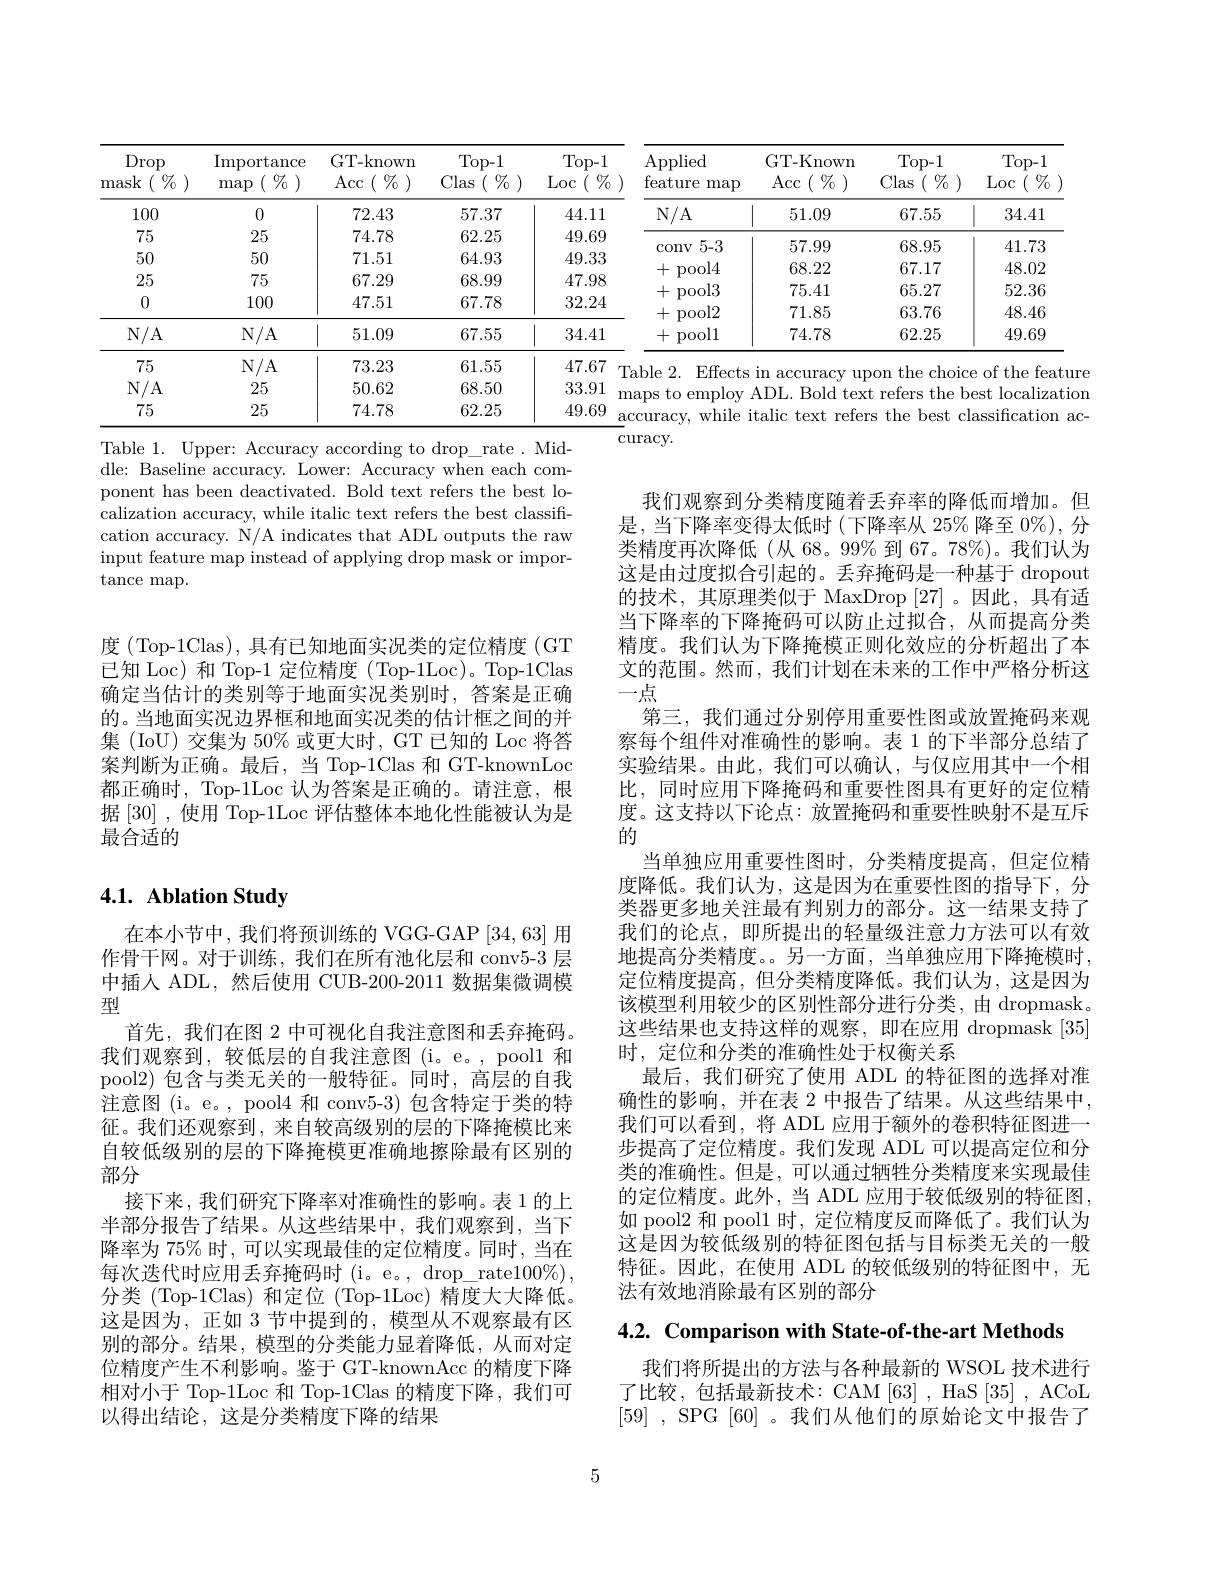
<table>
	<tbody>
		<tr>
			<th>Drop mask $\left(\begin{array}{c}\%\\0\end{array}\right)$</th>
			<th>$\operatorname{Importance}$ $\left(\begin{array}{c}\%\\0\end{array}\right)$ $\max$</th>
			<th>GT-known c$\begin{pmatrix} {0}{7}\\ {0}\end{pmatrix}$ $\operatorname{Acc}$</th>
			<th>Top- 1 $s(\begin{array}{c}{0}{7}\\{0}\end{array})$ Clas $\frac{1}{2}=\frac{1}{2}=\frac{1}{2}$ </th>
			<th>Top- 1 Loc $:(\begin{array}{c}0&0\\0&0\end{array})$</th>
			<th>$\operatorname{Applied}$ feature $\max$ </th>
			<th>GT-Known $\operatorname{Acc}\left(\begin{array}{c}\%\end{array}\right)$</th>
			<th>Top- 1 $;\left(\begin{array}{c}{0}{7}\\{0}\end{array}\right)$ Clas </th>
			<th>Top- 1 $c(\begin{array}{c}\%\end{array})$ Loc</th>
		</tr>
		<tr>
			<td>100</td>
			<td>0</td>
			<td>72.43</td>
			<td>57.37</td>
			<td>44.11</td>
			<td>$N/A$</td>
			<td>51.09</td>
			<td>67.55</td>
			<td>34.41</td>
		</tr>
		<tr>
			<td>75</td>
			<td>25</td>
			<td>74.78</td>
			<td>62.25</td>
			<td>49.69</td>
			<td>5-3</td>
			<td>57 99</td>
			<td>6895</td>
			<td>4173</td>
		</tr>
		<tr>
			<td>50</td>
			<td>50</td>
			<td>71.51</td>
			<td>64.93</td>
			<td>49.33</td>
			<td>al$A$</td>
			<td>6822</td>
			<td>6717</td>
			<td>4802</td>
		</tr>
		<tr>
			<td>25</td>
			<td>75</td>
			<td>67.29</td>
			<td>68.99</td>
			<td>47.98</td>
			<td>013</td>
			<td>75 41</td>
			<td>- 65 27</td>
			<td>52.36</td>
		</tr>
		<tr>
			<td>0</td>
			<td>100</td>
			<td>47.51</td>
			<td>67.78</td>
			<td>32.24</td>
			<td>nool2 IL</td>
			<td> LL 71.85</td>
			<td>JV اللا 63.76</td>
			<td> 48.46</td>
		</tr>
		<tr>
			<td>N/ A</td>
			<td>$N/A$</td>
			<td>51.09</td>
			<td>67.55</td>
			<td>34.41</td>
			<td> pool1 $\cdot$</td>
			<td>74.78</td>
			<td>62.25</td>
			<td>49.69</td>
		</tr>
		<tr>
			<td>75</td>
			<td>$N/A$</td>
			<td>73.23</td>
			<td>61.55</td>
			<td>47.67</td>
			<td>$\mathrm{F}_{\mathrm{ffects}}$ $1_{\mathrm{a}}\%$</td>
			<td>AT $fV$</td>
			<td>the chai</td>
			<td>${:}+{\mathrm{ho}}$ faq</td>
		</tr>
		<tr>
			<td>N/ A</td>
			<td>25</td>
			<td>50.62</td>
			<td>68.50</td>
			<td>33.91 10</td>
			<td>ans $t_0$ 01</td>
			<td>$DI_{\mathrm{~Bold}}$ $t_{\boldsymbol{P}}$</td>
			<td>the refers</td>
			<td>${\mathbf{r}}|_{\mathrm{oc}}$ salizatio est</td>
		</tr>
		<tr>
			<td>75</td>
			<td>25</td>
			<td>74.78</td>
			<td>62.25</td>
			<td>49.69</td>
			<td>Tracv. 1 TAY</td>
			<td>talic text refer</td>
			<td>the best</td>
			<td>assification $ac$</td>
		</tr>
	</tbody>
</table>
curacy.
Table 1. Upper: Accuracy according to drop\_rate. Mid-

dle: Baseline accuracy. Lower: Accuracy when each component has been deactivated. Bold text refers the best localization accuracy, while italic text refers the best classification accuracy. N/A indicates that ADL outputs the raw input feature map instead of applying drop mask or impor- $\hat{\mathrm{tance~map}}.$

度 (Top-1Clas), 具有已知地面实况类的定位精度 (GT 已知 Loc) 和 Top-1 定位精度 ( Top-1Loc)。Top-1Clas 确定当估计的类别等于地面实况类别时，答案是正确的。当地面实况边界框和地面实况类的估计框之间的并集 (IoU) 交集为 50% 或更大时，GT 已知的 Loc 将答案判断为正确。最后，当 Top-1Clas 和 GT-knownLoc 都正确时，Top-1Loc 认为答案是正确的。请注意，根据 [30] ,使用 Top-1Loc 评估整体本地化性能被认为是最合适的

我们观察到分类精度随着丢弃率的降低而增加。但是，当下降率变得太低时(下降率从 25%降至 0%), 分类精度再次降低(从 68。99% 到 67。78%)。我们认为这是由过度拟合引起的。丢弃掩码是一种基于 dropout 的技术，其原理类似于 MaxDrop [27]。因此，具有适当下降率的下降掩码可以防止过拟合，从而提高分类精度。我们认为下降掩模正则化效应的分析超出了本文的范围。然而，我们计划在未来的工作中严格分析这一点
第三，我们通过分别停用重要性图或放置掩码来观察每个组件对准确性的影响。表 1 的下半部分总结了实验结果。由此，我们可以确认，与仅应用其中一个相比，同时应用下降掩码和重要性图具有更好的定位精度。这支持以下论点：放置掩码和重要性映射不是互斥的
当单独应用重要性图时，分类精度提高，但定位精度降低。我们认为，这是因为在重要性图的指导下，分类器更多地关注最有判别力的部分。这一结果支持了我们的论点，即所提出的轻量级注意力方法可以有效地提高分类精度。。另一方面，当单独应用下降掩模时， 定位精度提高，但分类精度降低。我们认为，这是因为该模型利用较少的区别性部分进行分类，由 dropmask。这些结果也支持这样的观察，即在应用 dropmask [35] 时，定位和分类的准确性处于权衡关系
最后，我们研究了使用 ADL 的特征图的选择对准确性的影响，并在表 2 中报告了结果。从这些结果中， 我们可以看到，将 ADL 应用于额外的卷积特征图进一步提高了定位精度。我们发现 ADL 可以提高定位和分类的准确性。但是，可以通过牺牲分类精度来实现最佳的定位精度。此外，当 ADL 应用于较低级别的特征图， 如 pool2 和 pool1 时，定位精度反而降低了。我们认为这是因为较低级别的特征图包括与目标类无关的一般特征。因此，在使用 ADL 的较低级别的特征图中，无法有效地消除最有区别的部分

## 4.1. Ablation Study

在本小节中，我们将预训练的 VGG-GAP [34,63] 用作骨干网。对于训练，我们在所有池化层和 conv5-3 层中插人 ADL,然后使用 CUB-200-2011 数据集微调模型
首先，我们在图 2 中可视化自我注意图和丢弃掩码。我们观察到，较低层的自我注意图(i。e。,pool1 和pool2) 包含与类无关的一般特征。同时，高层的自我注意图 (i。e。, pool4 和 conv5-3) 包含特定于类的特征。我们还观察到，来自较高级别的层的下降掩模比来自较低级别的层的下降掩模更准确地擦除最有区别的部分
接下来，我们研究下降率对准确性的影响。表 1 的上半部分报告了结果。从这些结果中，我们观察到，当下降率为 75% 时，可以实现最佳的定位精度。同时，当在每次迭代时应用丢弃掩码时(i。e。, drop\_rate$100\%)$, 分类 (Top-1Clas) 和定位 (Top-1Loc) 精度大大降低。这是因为，正如 3 节中提到的，模型从不观察最有区别的部分。结果，模型的分类能力显着降低，从而对定位精度产生不利影响。鉴于 GT-knownAcc 的精度下降相对小于 Top-1Loc 和 Top-1Clas 的精度下降，我们可以得出结论，这是分类精度下降的结果

$4. 2. \textbf{ Comparison with State- of- the- art Methods}$

我们将所提出的方法与各种最新的 WSOL 技术进行了比较，包括最新技术：CAM[63],HaS[35],ACoL $[59]~,~$SPG [60] 。我们从他们的原始论文中报告了

5